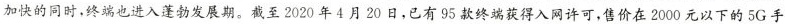
加快的同时，终端也进入蓬勃发展期。截至2020年4月20日，已有95款终端获得入网许可，售价在2000元以下的5G手